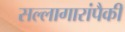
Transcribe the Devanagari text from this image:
सल्लागारांपैकी